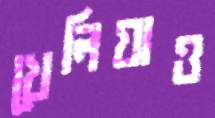
খেলিয়াও